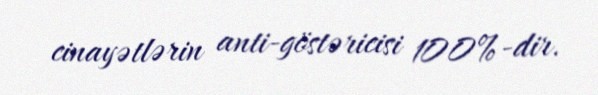
cinayətlərin anti-göstəricisi 100%-dir.